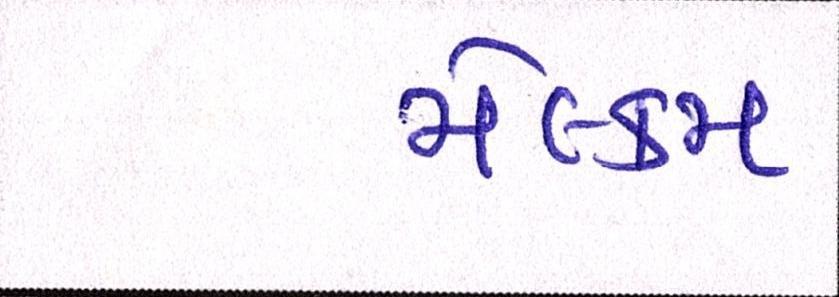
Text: મેલ્કમ